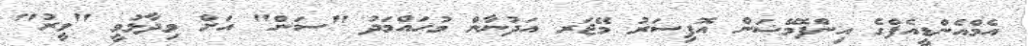
އެމްއެންޑީއެފްގެ އިންފޮމޭޝަން އޮފިސަރު މޭޖަރ އަދުނާން މުހައްމަދު "ސަން" އަށް ވިދާޅުވީ "ވީރު"